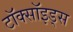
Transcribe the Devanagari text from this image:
टॉक्सॉइड्स